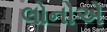
લોનોએ